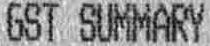
GST SUMMARY